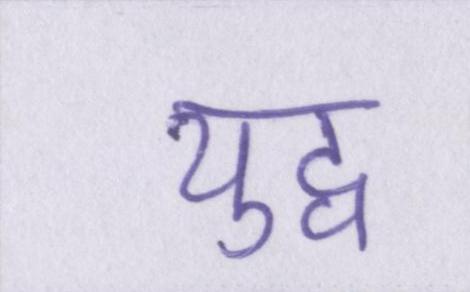
युद्व